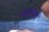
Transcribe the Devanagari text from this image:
विदेशीचा